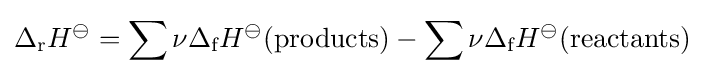
\Delta _{\text{r}}H^{\ominus }=\sum \nu \Delta _{\text{f}}H^{\ominus }({\text{products}})-\sum \nu \Delta _{\text{f}}H^{\ominus }({\text{reactants}})